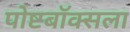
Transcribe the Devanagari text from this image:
पोष्टबॉक्सला